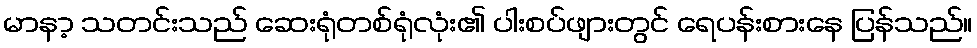
မာနာ့ သတင်းသည် ဆေးရုံတစ်ရုံလုံး၏ ပါးစပ်ဖျားတွင် ရေပန်းစားနေ ပြန်သည်။